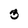
Character: 3